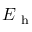
E _ { \mathrm { ~ h ~ } }